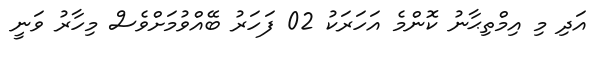
އަދި މި އިމްތިޙާނު ކޮންމެ އަހަރަކު 02 ފަހަރު ބޭއްވުމަށްވެސް މިހާރު ވަނީ